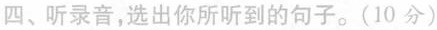
四、听录音,选出你所听到的句子.(10 分)